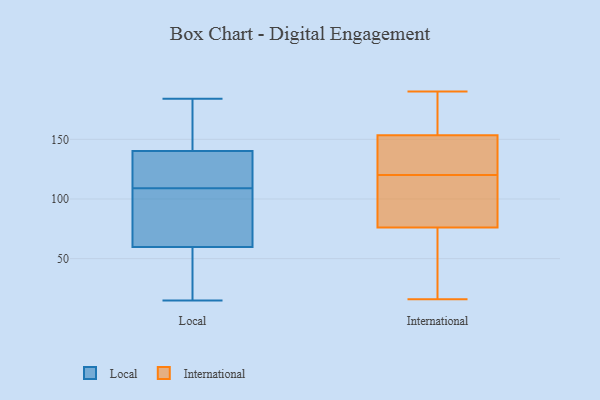
{"axis": {"x": "Operating Costs (USD K)", "y": "Value"}, "legend": ["International", "Local"], "data": [{"x": "", "y": 57, "type": "Local"}, {"x": "", "y": 121, "type": "Local"}, {"x": "", "y": 111, "type": "Local"}, {"x": "", "y": 93, "type": "Local"}, {"x": "", "y": 184, "type": "Local"}, {"x": "", "y": 15, "type": "Local"}, {"x": "", "y": 47, "type": "Local"}, {"x": "", "y": 154, "type": "Local"}, {"x": "", "y": 38, "type": "Local"}, {"x": "", "y": 165, "type": "Local"}, {"x": "", "y": 144, "type": "Local"}, {"x": "", "y": 54, "type": "Local"}, {"x": "", "y": 74, "type": "Local"}, {"x": "", "y": 68, "type": "Local"}, {"x": "", "y": 176, "type": "Local"}, {"x": "", "y": 109, "type": "Local"}, {"x": "", "y": 126, "type": "Local"}, {"x": "", "y": 129, "type": "Local"}, {"x": "", "y": 100, "type": "Local"}, {"x": "", "y": 87, "type": "International"}, {"x": "", "y": 165, "type": "International"}, {"x": "", "y": 113, "type": "International"}, {"x": "", "y": 78, "type": "International"}, {"x": "", "y": 151, "type": "International"}, {"x": "", "y": 134, "type": "International"}, {"x": "", "y": 183, "type": "International"}, {"x": "", "y": 128, "type": "International"}, {"x": "", "y": 156, "type": "International"}, {"x": "", "y": 67, "type": "International"}, {"x": "", "y": 190, "type": "International"}, {"x": "", "y": 105, "type": "International"}, {"x": "", "y": 74, "type": "International"}, {"x": "", "y": 22, "type": "International"}, {"x": "", "y": 16, "type": "International"}, {"x": "", "y": 127, "type": "International"}]}